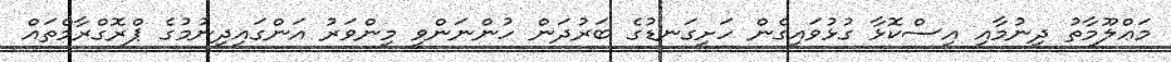
މަޢްލޫމާތު ދިނުމާއި އިސްކޮޅާ ގުޅުވައިގެން ހަށިގަނޑުގެ ބަރުދަން ހުންނަންވީ މިންވަރު އަންގައިދިނުމުގެ ޕްރޮގްރާމްތައް